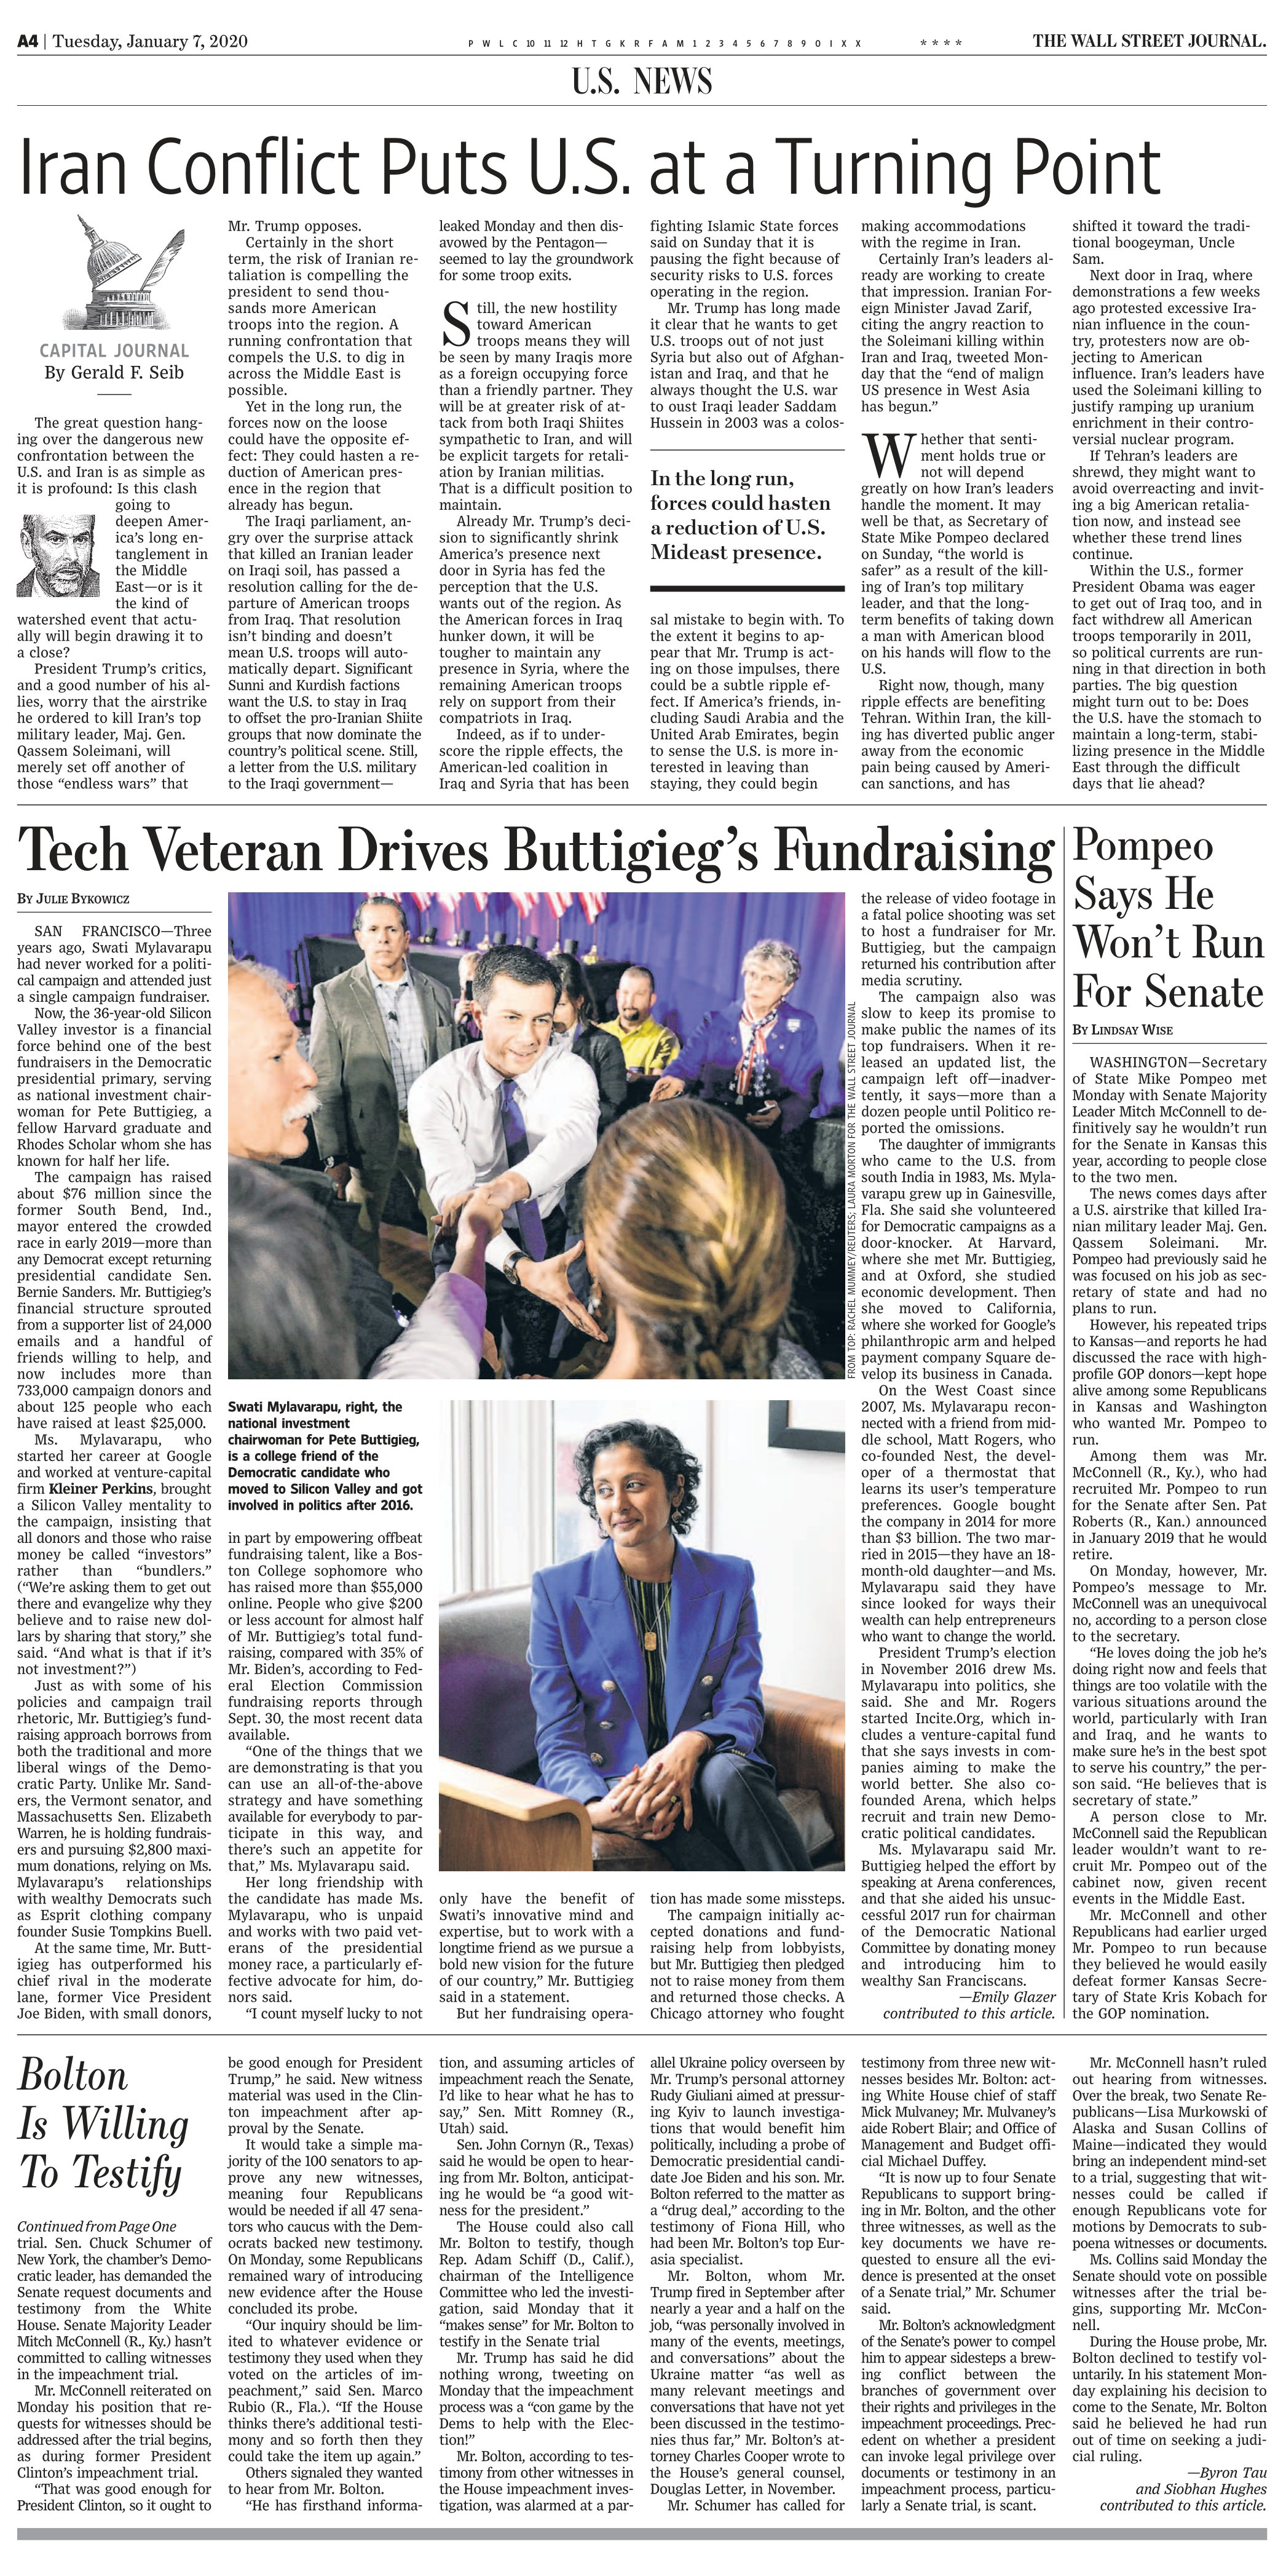
Language: en